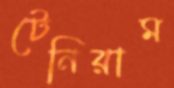
টেনিরাম